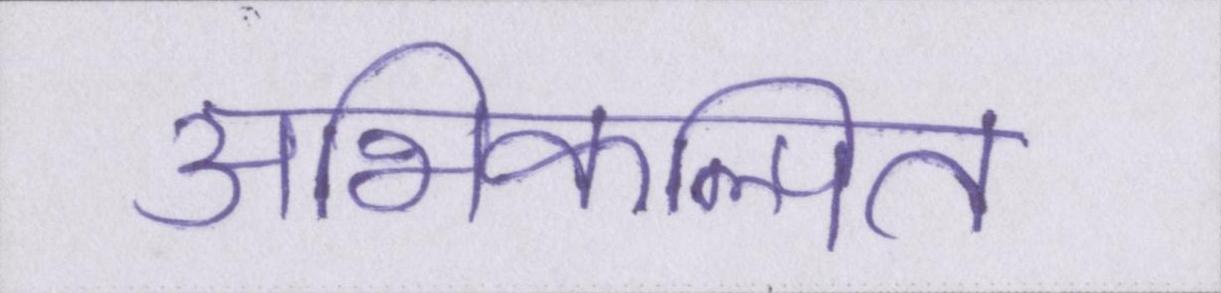
अभिकल्पित